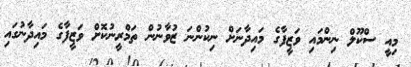
މިއީ ސްކޫލް ނިންމައި ވަޒީފާގެ މައިދާނަށް ނިކުންނަ ޒުވާނުން ތަމްރީނުކޮށް ވަޒީފާގެ މައިދާނުގައި